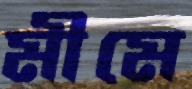
মীমে